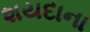
શયદાના